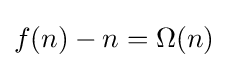
f(n)-n=\Omega (n)